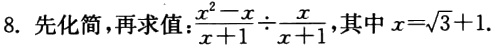
8. 先化简，再求值：$\frac{x^{2}-x}{x + 1} \div \frac{x}{x + 1}$，其中$x = \sqrt{3} + 1$.